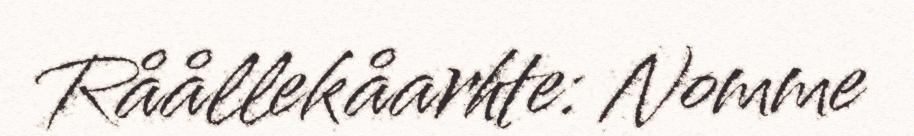
Råållekåarhte: Nomme